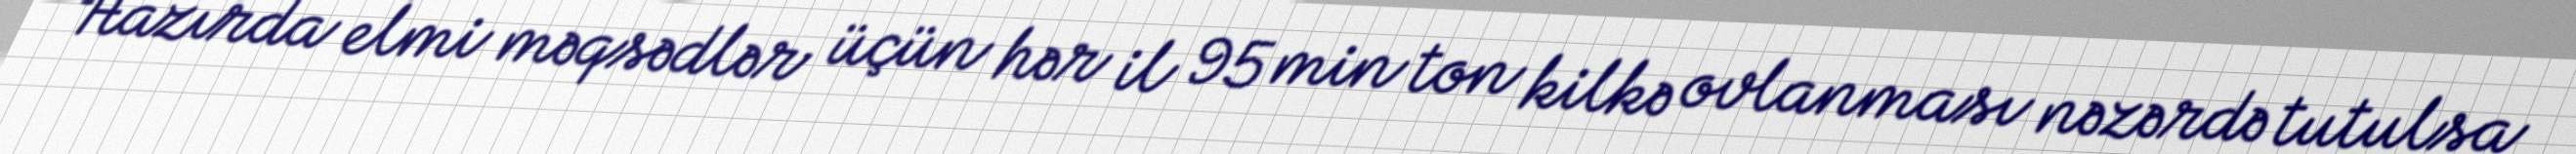
Hazırda elmi məqsədlər üçün hər il 95 min ton kilkə ovlanması nəzərdə tutulsa